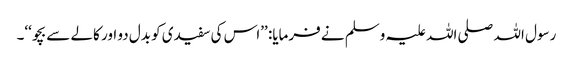
رسول اللہ صلی اللہ علیہ وسلم نے فرمایا: ’’اس کی سفیدی کو بدل دو اور کالے سے بچو‘‘۔